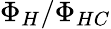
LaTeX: \Phi_{H}/\Phi_{HC}